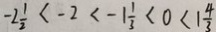
- 2 \frac { 1 } { 2 } < - 2 < - 1 \frac { 1 } { 3 } < 0 < 1 \frac { 4 } { 3 }